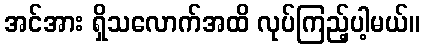
အင်အား ရှိသလောက်အထိ လုပ်ကြည့်ပါ့မယ်။